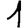
Digit: 1